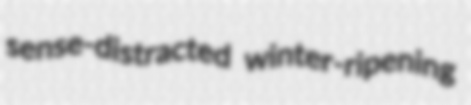
sense-distracted winter-ripening